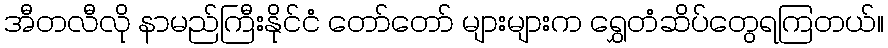
အီတလီလို နာမည်ကြီးနိုင်ငံ တော်တော် များများက ရွှေတံဆိပ်တွေရကြတယ်။